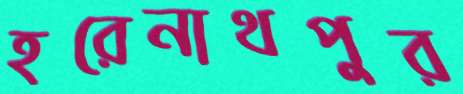
হরেনাথপুর